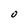
Character: O